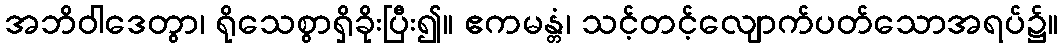
အဘိဝါဒေတွာ၊ ရိုသေစွာရှိခိုးပြီး၍။ ဧကမန္တံ၊ သင့်တင့်လျောက်ပတ်သောအရပ်၌။